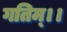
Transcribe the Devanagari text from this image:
गतिम्।।